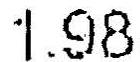
1.98